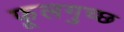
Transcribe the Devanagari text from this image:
फूलगुच्छ